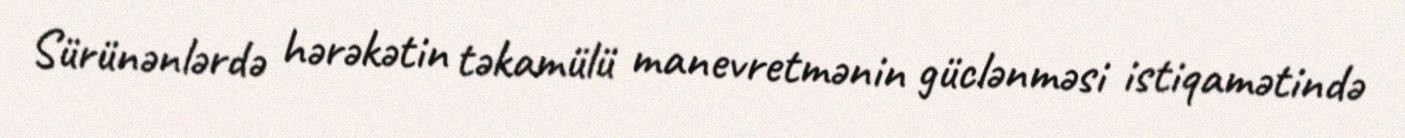
Sürünənlərdə hərəkətin təkamülü manevretmənin güclənməsi istiqamətində